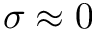
\sigma \approx 0